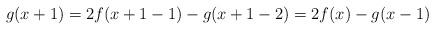
LaTeX: \begin{align*}g(x+1)=2f(x+1-1)-g(x+1-2)=2f(x)-g(x-1)\end{align*}